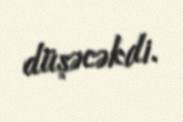
düşəcəkdi.